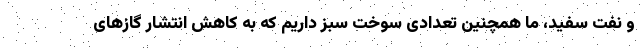
و نفت سفید، ما همچنین تعدادی سوخت سبز داریم که به کاهش انتشار گازهای